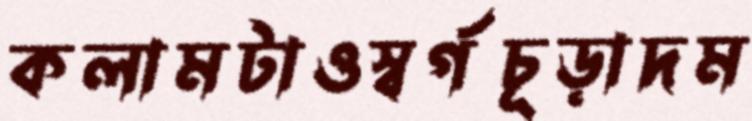
কলামটাওস্বর্গচূড়াদম